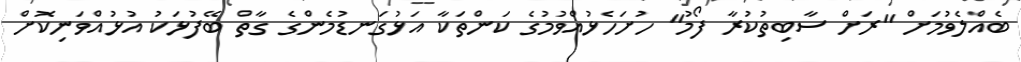
ބެއްލެވުމަށް "ރަށް ސާބިތުކުރާ ފޯމު" ހުށަހެޅުއްވުމުގެ ކަންތަކާ އަޅުގަނޑުމެންގެ ގާތް ބޭފުޅަކު އުޅުއްވަނިކޮށް